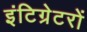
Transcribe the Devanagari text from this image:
इंटिग्रेटरों